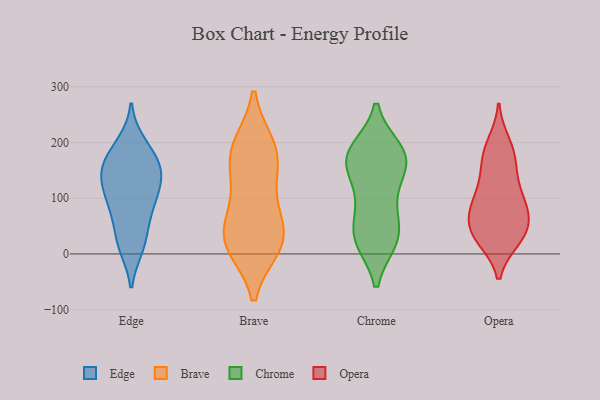
{"axis": {"x": "Population (Million)", "y": "Value"}, "legend": ["Brave", "Chrome", "Edge", "Opera"], "data": [{"x": "", "y": 135, "type": "Edge"}, {"x": "", "y": 11, "type": "Edge"}, {"x": "", "y": 126, "type": "Edge"}, {"x": "", "y": 199, "type": "Edge"}, {"x": "", "y": 59, "type": "Edge"}, {"x": "", "y": 24, "type": "Edge"}, {"x": "", "y": 155, "type": "Edge"}, {"x": "", "y": 94, "type": "Edge"}, {"x": "", "y": 166, "type": "Edge"}, {"x": "", "y": 122, "type": "Edge"}, {"x": "", "y": 161, "type": "Edge"}, {"x": "", "y": 11, "type": "Edge"}, {"x": "", "y": 164, "type": "Edge"}, {"x": "", "y": 63, "type": "Edge"}, {"x": "", "y": 196, "type": "Edge"}, {"x": "", "y": 147, "type": "Edge"}, {"x": "", "y": 98, "type": "Edge"}, {"x": "", "y": 96, "type": "Edge"}, {"x": "", "y": 190, "type": "Brave"}, {"x": "", "y": 195, "type": "Brave"}, {"x": "", "y": 148, "type": "Brave"}, {"x": "", "y": 15, "type": "Brave"}, {"x": "", "y": 25, "type": "Brave"}, {"x": "", "y": 190, "type": "Brave"}, {"x": "", "y": 36, "type": "Brave"}, {"x": "", "y": 150, "type": "Brave"}, {"x": "", "y": 86, "type": "Brave"}, {"x": "", "y": 73, "type": "Brave"}, {"x": "", "y": 13, "type": "Brave"}, {"x": "", "y": 20, "type": "Brave"}, {"x": "", "y": 186, "type": "Chrome"}, {"x": "", "y": 184, "type": "Chrome"}, {"x": "", "y": 25, "type": "Chrome"}, {"x": "", "y": 85, "type": "Chrome"}, {"x": "", "y": 167, "type": "Chrome"}, {"x": "", "y": 176, "type": "Chrome"}, {"x": "", "y": 26, "type": "Chrome"}, {"x": "", "y": 173, "type": "Chrome"}, {"x": "", "y": 26, "type": "Chrome"}, {"x": "", "y": 168, "type": "Chrome"}, {"x": "", "y": 113, "type": "Chrome"}, {"x": "", "y": 62, "type": "Chrome"}, {"x": "", "y": 145, "type": "Chrome"}, {"x": "", "y": 28, "type": "Chrome"}, {"x": "", "y": 27, "type": "Opera"}, {"x": "", "y": 42, "type": "Opera"}, {"x": "", "y": 96, "type": "Opera"}, {"x": "", "y": 27, "type": "Opera"}, {"x": "", "y": 45, "type": "Opera"}, {"x": "", "y": 96, "type": "Opera"}, {"x": "", "y": 198, "type": "Opera"}, {"x": "", "y": 59, "type": "Opera"}, {"x": "", "y": 85, "type": "Opera"}, {"x": "", "y": 176, "type": "Opera"}, {"x": "", "y": 29, "type": "Opera"}, {"x": "", "y": 68, "type": "Opera"}, {"x": "", "y": 144, "type": "Opera"}, {"x": "", "y": 186, "type": "Opera"}, {"x": "", "y": 99, "type": "Opera"}, {"x": "", "y": 148, "type": "Opera"}]}